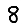
Digit: 8